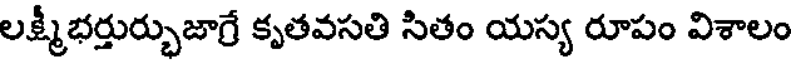
లక్ష్మీభర్తుర్భుజాగ్రే కృతవసతి సితం యస్య రూపం విశాలం